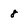
Character: 8